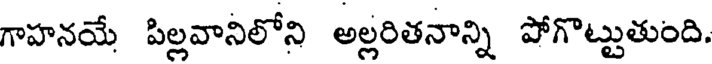
గాహనయే పిల్లవానిలోని అల్లరితనాన్ని పోగొట్టుతుంది.